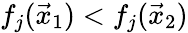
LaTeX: f_{j}({\vec{x}}_{1})<f_{j}({\vec{x}}_{2})